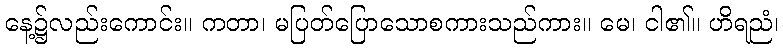
နေ့၌လည်းကောင်း။ ကတာ၊ မပြတ်ပြောသောစကားသည်ကား။ မေ၊ ငါ၏။ ဟိရညံ၊